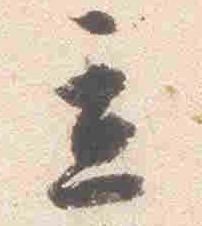
立